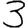
Digit: 3